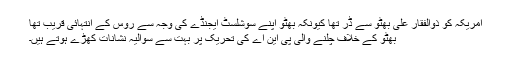
امریکہ کو ذوالفقار علی بھٹو سے ڈر تھا کیونکہ بھٹو اپنے سوشلسٹ ایجنڈے کی وجہ سے روس کے انتہائی قریب تھا
بھٹو کے خلاف چلنے والی پی این اے کی تحریک پر بہت سے سوالیہ نشانات کھڑے ہوتے ہیں۔